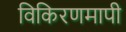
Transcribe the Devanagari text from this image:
विकिरणमापी